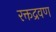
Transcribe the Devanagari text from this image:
रक्तद्रवण